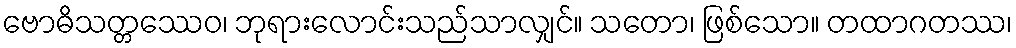
ဗောဓိသတ္တဿေဝ၊ ဘုရားလောင်းသည်သာလျှင်။ သတော၊ ဖြစ်သော။ တထာဂတဿ၊